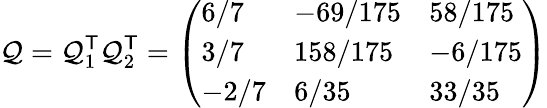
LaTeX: \mathcal{Q}=\mathcal{Q}_{1}^{\textsf{{T}}}\mathcal{Q}_{2}^{\textsf{{T}}}={\left(\begin{array}{lll}{6/7}&{-69/175}&{58/175}\\ {3/7}&{158/175}&{-6/175}\\ {-2/7}&{6/35}&{33/35}\end{array}\right)}